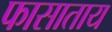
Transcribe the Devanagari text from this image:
फासाताय